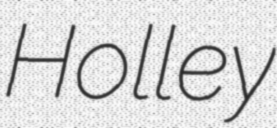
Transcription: Holley